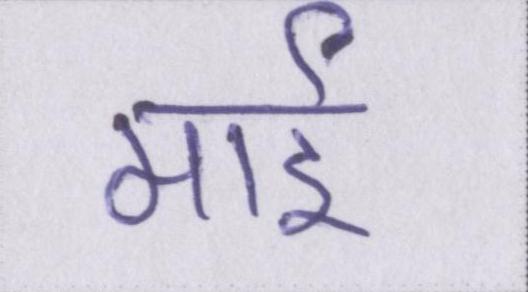
माई